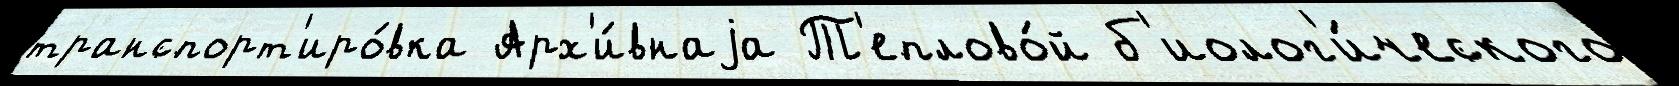
транспорт'иро́вка Арх'и́внаjа Т'еплово́й б'иолог'и́ческого